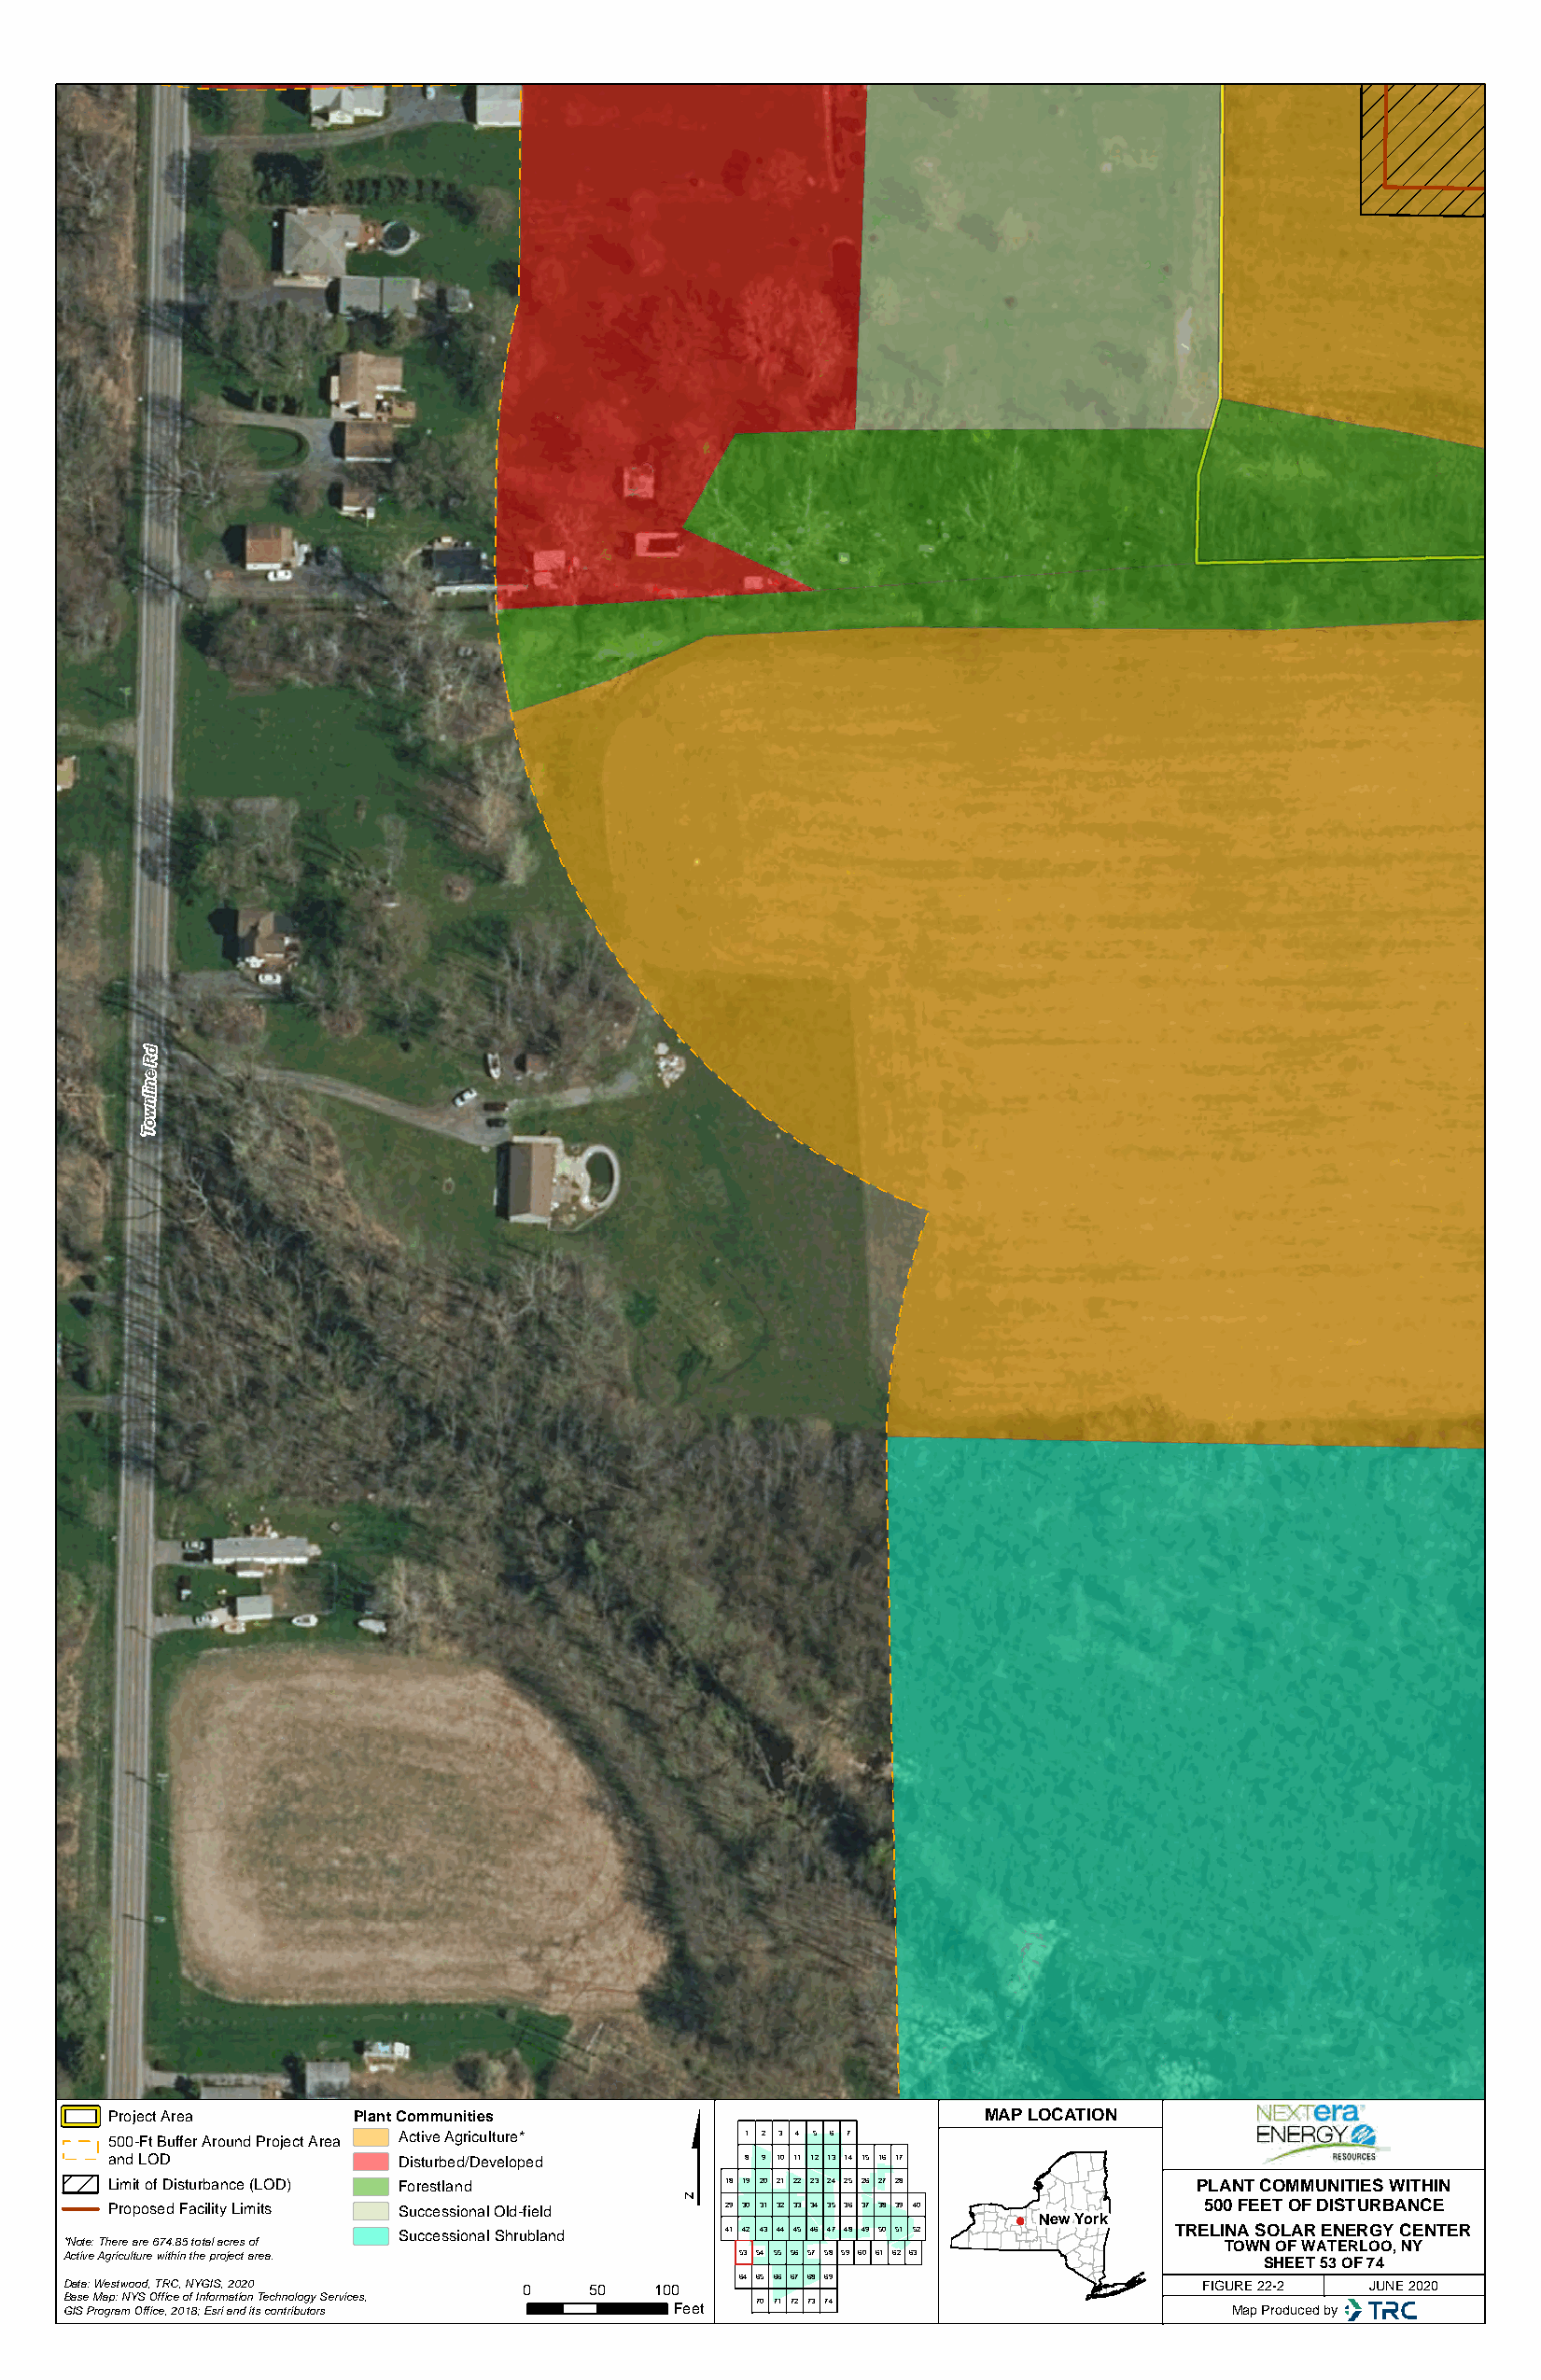
d
 R
 e
 n
 nli
 w
 o
 T
 $
 Project Area     Plant Communities                            MAP LOCATION
 500-Ft Buffer Around Project Area Active Agriculture* 1 2 3 4 5 6 7
 and LOD             Disturbed/Developed      8 9 10 11 12 13 14 15 16 17
 Limit of Disturbance (LOD) Forestland      18 19 20 21 22 23 24 25 26 27 28  PLANT COMMUNITIES WITHIN
 Proposed Facility Limits Successional Old-field 29 30 31 32 33 34 35 36 37 38 39 40 500 FEET OF DISTURBANCE
 New York
 Successional Shrubland 41 42 43 44 45 46 47 48 49 50 51 52 TRELINA SOLAR ENERGY CENTER
 *Note: There are 674.85 total acres of                                             TOWN OF WATERLOO, NY
 Active Agriculture within the project area.     53 54 55 56 57 58 59 60 61 62 63
 SHEET 53 OF 74
 64 65 66 67 68 69
 Data: Westwood, TRC, NYGIS, 2020 0    50  100                                    FIGURE 22-2 JUNE 2020
 Base Map: NYS Office of Information Technology Services, 70 71 72 73 74
 GIS Program Office, 2018; Esri and its contributors Feet                           Map Produced by